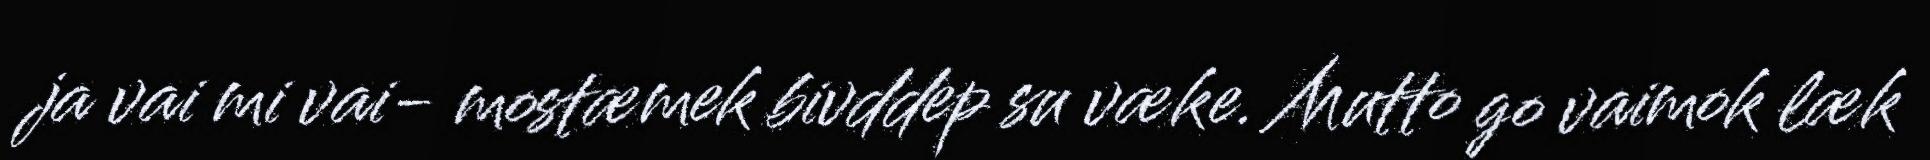
ja vai mi vai- mostæmek bivddep su væke. Mutto go vaimok læk